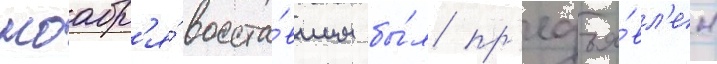
ноабр'я́ восста́вшим бы́л пр'едъя́вл'ен